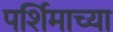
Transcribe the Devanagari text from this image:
पर्शिमाच्या